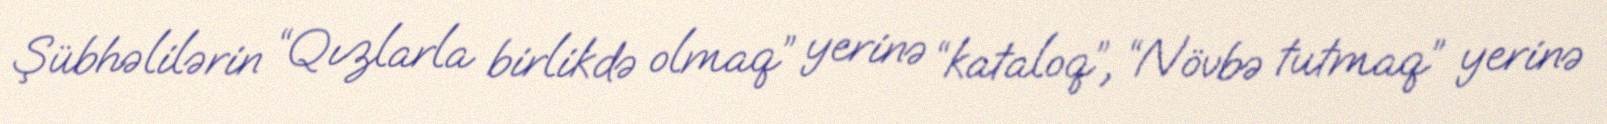
Şübhəlilərin “Qızlarla birlikdə olmaq” yerinə “kataloq”, “Növbə tutmaq” yerinə